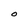
Character: O